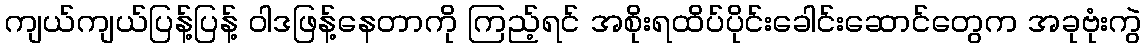
ကျယ်ကျယ်ပြန့်ပြန့် ဝါဒဖြန့်နေတာကို ကြည့်ရင် အစိုးရထိပ်ပိုင်းခေါင်းဆောင်တွေက အခုဗုံးကွဲ